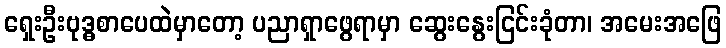
ရှေးဦးဗုဒ္ဓစာပေထဲမှာတော့ ပညာရှာဖွေရာမှာ ဆွေးနွေးငြင်းခုံတာ၊ အမေးအဖြေ